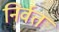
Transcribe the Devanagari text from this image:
निर्वत